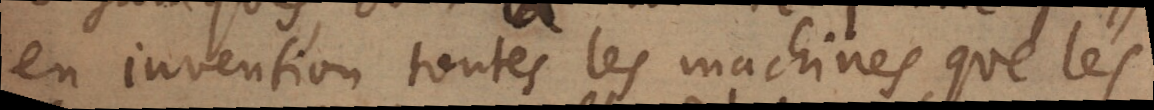
en invention toutes les machines que les